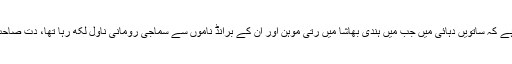
مجھے ذاتی طور پر فخر ہے کہ ساتویں دہائی میں جب میں ہندی بھاشا میں رتی موہن اور ان کے برانڈ ناموں سے سماجی رومانی ناول لکھ رہا تھا، دت صاحب سے اکثر ملاقاتیں رہیں۔